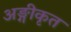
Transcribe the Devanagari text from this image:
अङ्गीकृत